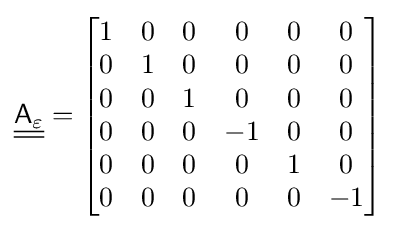
{\underline {\underline {{\mathsf {A}}_{\varepsilon }}}}={\begin{bmatrix}1&0&0&0&0&0\\0&1&0&0&0&0\\0&0&1&0&0&0\\0&0&0&-1&0&0\\0&0&0&0&1&0\\0&0&0&0&0&-1\end{bmatrix}}